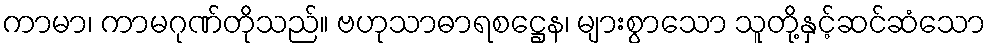
ကာမာ၊ ကာမဂုဏ်တိုသည်။ ဗဟုသာဓာရစဋ္ဌေန၊ များစွာသော သူတို့နှင့်ဆင်ဆံသော